Medical and sanitary report of the native army of Bengal for the year
Year: 1876
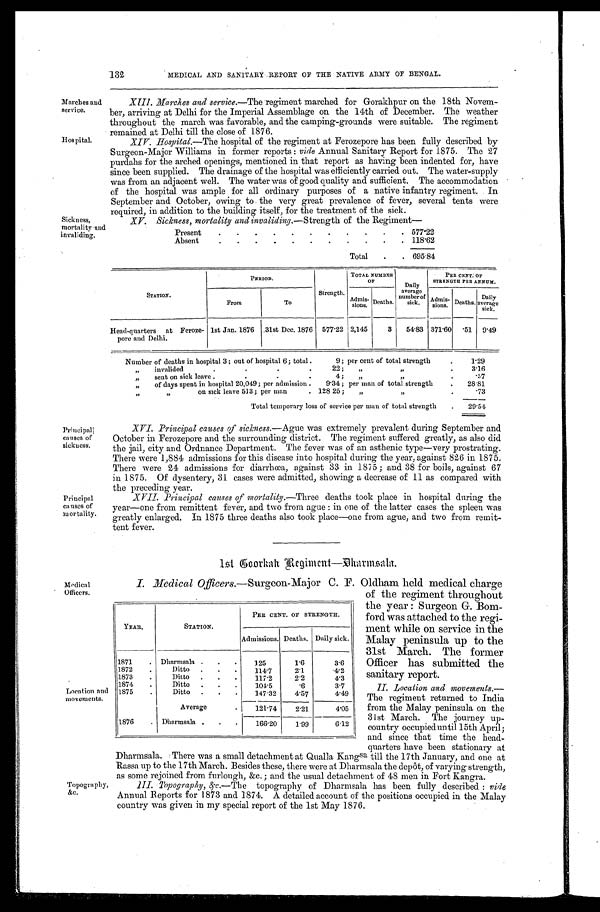
132
MEDICAL AND SANITARY REPORT OF THE NATIVE ARMY OF BENGAL.
Marches and
service.
Hospital.
Sickness,
mortality and
invaliding.
XIII. Marches and service.—The regiment marched for Gorakhpur on the 18th Novem
- b e r , a r r i v i n g a t D e l h i f o r t h e I m p e r i a l A s s e m b l a g e o n t h e 1 4 t h o f D e c e m b e r . T h e w e a t h e r
throughout the march was favorable, and the camping-grounds were suitable. The regiment
remained at Delhi till the close of 1876.
XIV.Hospital. —The hospital of the regiment at Ferozepore has been fully described by
Surgeon-Major Williams in former reports: vide Annual Sanitary Report for 1875. The 27
purdahs for the arched openings, mentioned in that report as having been indented for, have
since been supplied. The drainage of the hospital was efficiently carried out. The water-supply
was from an adjacent well. The water was of good quality and sufficient. The accommodation
of the hospital was ample for all ordinary purposes of a native infantry regiment. In
September and October, owing to the very great prevalence of fever, several tents were
required, in addition to the building itself, for the treatment of the sick.
XV. Sickness, mortality and invaliding. —Strength of the Regiment
—
Present
577.22
Absent
1 1 8 . 6 2
Total
6 9 5 . 8 4
STATION.
PERIOD.
Strength.
TOTAL NUMBER
OF
D a i l y
average
number of
sick.
PER CENT. OF
STRENGTH PER ANNUM.
From
To
Admis-
sions. Deaths.
Admis sions. Deaths. D a i l y a v e r r a g e
sick.
Head-quarters at Feroze-
pore and Delhi.
1st Jan. 1876 31st Dec. 1876 577.22 2,145
3 54.83 371.60
. 5 1 9.49
Number of deaths in hospital 3; out of hospital 6; total
9; per cent of total strength
1.29
„ invalided
22; „ „
3.16
„ sent on sick leave
4; „ „
.57
„ of days spent in hospital 20,049; per admission 9.34; per man of total strength
2 8 . 8 1
„ „
on sick leave 513; per man
128.25; „ „
73
Total temporary loss of service per man of total strength
2 9 . 5 4
Principall
causes of
sickness.
Principal
causes of
mortality.
XVI. Principal causes of sickness. —Ague was extremely prevalent during September and
October in Ferozepore and the surrounding district. The regiment suffered greatly, as also did
the jail, city and Ordnance Department. The fever was of an asthenic type—very prostrating.
There were 1,884 admissions for this disease into hospital during the year, against 826 in 1875.
There were 24 admissions for diarrhœa, against 33 in 1875; and 38 for boils, against 67
in 1875. Of dysentery, 31 cases were admitted, showing a decrease of 11 as compared with
the preceding year.
X XVII. Principal causes of mortality.—Three deaths took place in hospital during the
year—one from remittent fever, and two from ague: in one of the latter cases the spleen was
greatly enlarged. In 1875 three deaths also took place—one from ague, and two from remit
- t e n t f e v e r .
1s t Goor ka h Re gi me nt —Dha r ms a l a .
Medica
l Officers.
Location and
movements.
Topography,
&c.
I. Medical Officers.—Surgeon-Major C. F. Oldham held medical charge
of the regiment throughout
the year: Surgeon G. Bom
-ford was attached to the regi
-ment while on service in the
Malay peninsula up to the
31st March. The former
Officer has submitted the
sanitary report.
II. Location and movements.—
The regiment returned to India
from the Malay peninsula on the
31st March. The journey up-
country occupied until 15th April;
and since that time the head-
quarters have been stationary at
Dharmsala. There was a small detachment at Qualla Kang sa till the 17th January, and one at
Rassa up to the 17th March. Besides these, there were at Dharmsala the depôt, of varying strength,
as some rejoined from furlough, &c.; and the usual detachment of 48 men in Fort Kangra.
III. Topography, &c. — T h e t o p o g r a p h y o f D h a r m s a l a h a s b e e n f u l l y d e s c r i b e d :v
i d e
Annual Reports for 1873 and 1874. A detailed account of the positions occupied in the Malay
country was given in my special report of the 1st May 1876.
YEAR.
STATION.
PER CENT. OF STRENGTH.
Admissions. Deaths. Daily sick.
1871
Dharmsala
125
1.6
3.6
1872
Ditto
114.7
2.1
4.2
1873
Ditto
117.2
2. 2
4.3
1874
Ditto
104.5
.6
3.7
1875
Ditto
147.32 4.57
4.49
Average
121.74 2.21
4.05
1876
Dharmsala
166.20 1.99
6.12